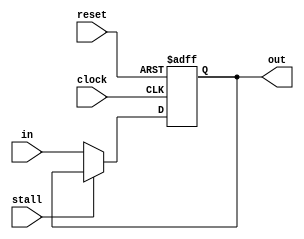
module dff32 (clock, reset, stall, in, out);

   input [31:0] in;
   input clock, reset, stall;
   output reg [31:0] out;

   always @(posedge clock or posedge reset)
   begin
      if (reset) // reset the registers
         out <= -4;
      else if (!stall)
         out <= in;
   end

endmodule